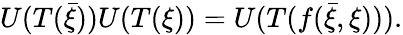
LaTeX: U(T({\bar{\xi}}))U(T(\xi))=U(T(f({\bar{\xi}},\xi))).